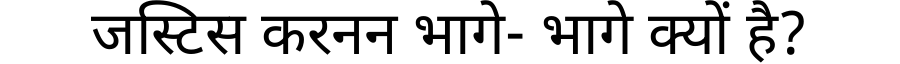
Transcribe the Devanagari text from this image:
जस्टिस करनन भागे- भागे क्यों है?